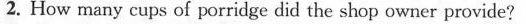
2. How many cups of porridge did the shop owner provide?